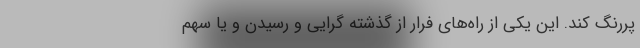
پُررنگ کند. این یکی از راه‌های فرار از گذشته گرایی و رسیدن و یا سهم